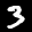
Label: 3